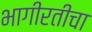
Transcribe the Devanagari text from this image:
भागीरतीचा